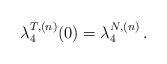
LaTeX: \begin{align*}\lambda_4^{T,(n)}(0) =\lambda_4^{N,(n)}\,.\end{align*}